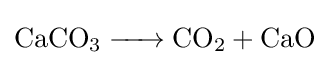
{\ce {CaCO3 -> CO2 + CaO}}